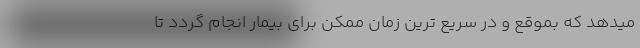
میدهد که بموقع و در سریع ترین زمان ممکن برای بیمار انجام گردد تا